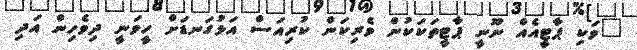
"ވަކި ޕާޓީއެއް ނޫނީ ޕާޓީތަކަކުން ވެރިކަން ކުރިއަސް އަޅުގަނޑަށް ހީވަނީ ދިވެހިން އަދި